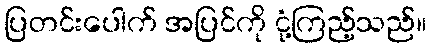
ပြတင်းပေါက် အပြင်ကို ငုံ့ကြည့်သည်။